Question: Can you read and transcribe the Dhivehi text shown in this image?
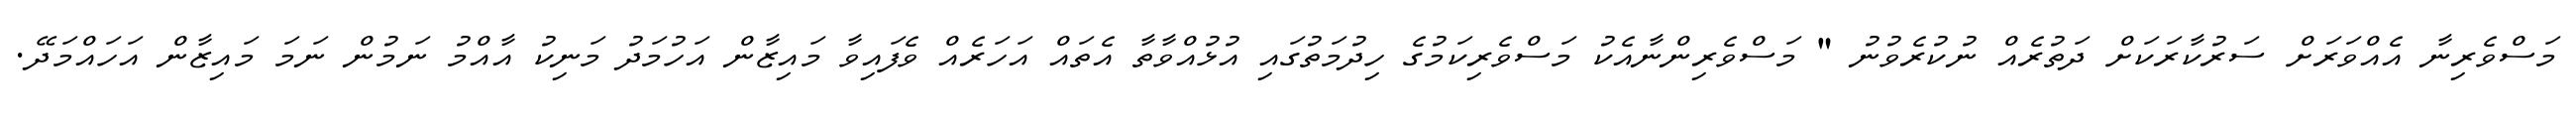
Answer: މަސްވެރިނާ އެއްވަރަށް ސަރުކާރަކަށް ދަތުރެއް ނުކުރެވުނު " މަސްވެރިންނާއެކު މަސްވެރިކަމުގެ ހިދުމަތުގައި އުޅުއްވާތާ އެތައް އަހަރެއް ވެފައިވާ މައިޒާން އަހުމަދު މަނިކު އާއްމު ނަމުން ނަމަ މައިޒާން އަހައްމަދޭ.